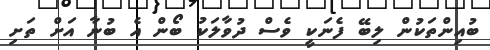
ބުއިންތަކުން ލިބޭ ފެނަކީ ވެސް ދުވާލަކު ބޯން އެ ބުނާ އަށް ތަށި